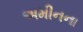
અમીનના